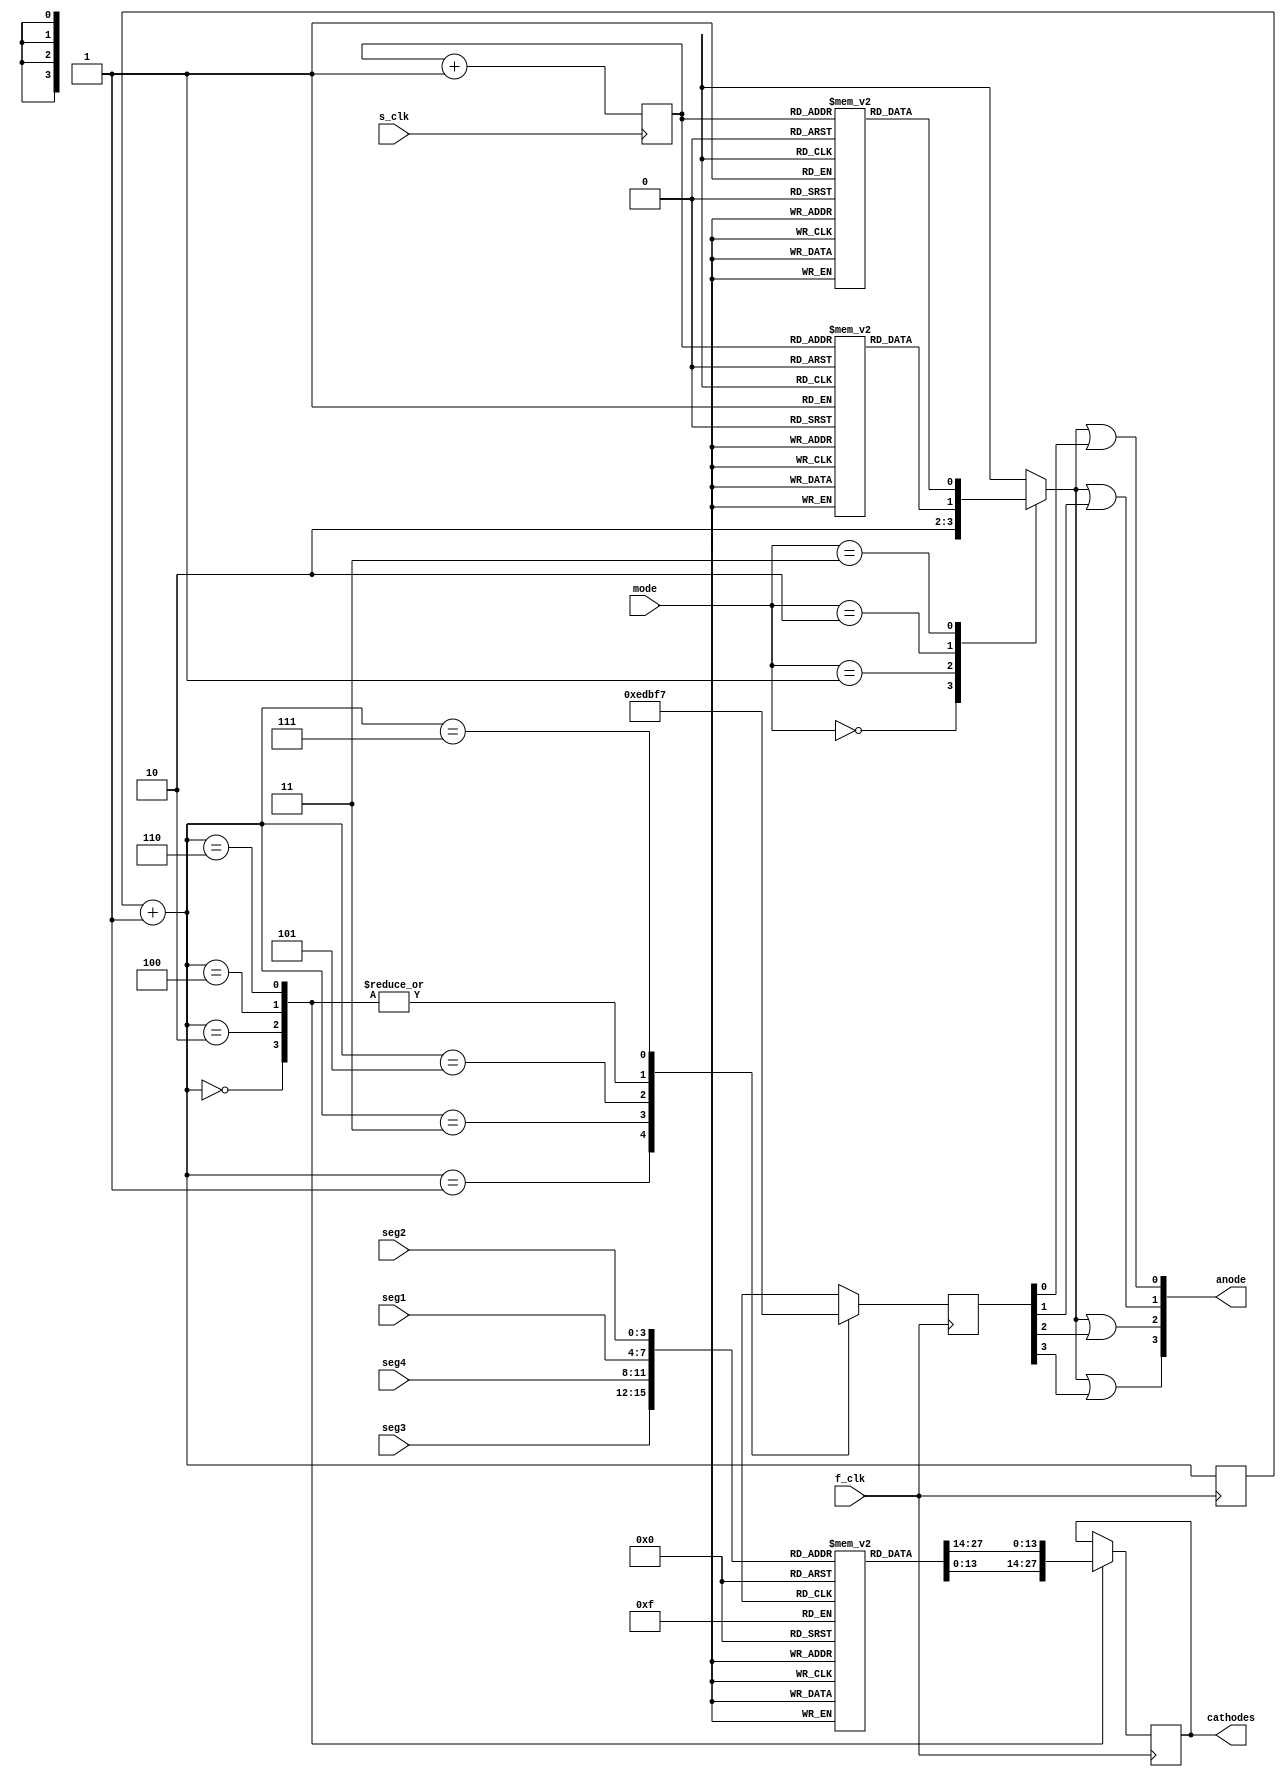
//FINAL VER
module seven_seg_display(s_clk, f_clk, mode, seg1, seg2, seg3, seg4, anode, cathodes);
	input s_clk, f_clk;
	// s_clk at 1Hz
	// f_clk at 50MHz(TBC)
	input [1:0] mode;
	/*modes:
	* 0: off
	* 1: on
	* 2: 0.5 Hz
	* 3: 1 	 Hz
	*/
	input [3:0] seg1, seg2, seg3, seg4; //the numbers that should appear on each display

	output wire [3:0] anode; //array to activate each display
	output reg [6:0] cathodes; //arrays to display each number

	reg [1:0] sequence_count; //slow clock sequence counter used to blink

	reg seq_1Hz[3:0], seq_05Hz[3:0]; //slow clock sequence ROM
	reg anode_seq_output; //on-off-blink sequence output to be fed into AND-gate
	reg [3:0] anode_cycle_output; //display selector output to be fed into AND-gate
	reg [2:0] anode_cycle;
	reg [6:0] seg_ROM[15:0];

	initial begin
		sequence_count = 2'b00;
		anode_seq_output = 1'b0;
		anode_cycle_output = 4'b0000;
		anode_cycle = 3'b000;
		// 1Hz sequence ROM
		seq_1Hz[0] = 1'b1;
		seq_1Hz[1] = 1'b0;
		seq_1Hz[2] = 1'b1;
		seq_1Hz[3] = 1'b0;
		// 0.5Hz sequence ROM
		seq_05Hz[0] = 1'b1;
		seq_05Hz[1] = 1'b1;
		seq_05Hz[2] = 1'b0;
		seq_05Hz[3] = 1'b0;
		// segment ROM
		seg_ROM[0] = 7'b1000000;
		seg_ROM[1] = 7'b1111001;
		seg_ROM[2] = 7'b0100100;
		seg_ROM[3] = 7'b0110000;
		seg_ROM[4] = 7'b0011001;
		seg_ROM[5] = 7'b0010010;
		seg_ROM[6] = 7'b0000010;
		seg_ROM[7] = 7'b1111000;
		seg_ROM[8] = 7'b0000000;
		seg_ROM[9] = 7'b0011000;
		seg_ROM[10] = 7'b0000000;
		seg_ROM[11] = 7'b0000000;
		seg_ROM[12] = 7'b0000000;
		seg_ROM[13] = 7'b0000000;
		seg_ROM[14] = 7'b0000000;
		seg_ROM[15] = 7'b0000000;
	end

	always @ (posedge s_clk) begin
		sequence_count <= sequence_count + 1; //increment sequence (FF array)
	end

	always @ (sequence_count, mode) begin
		case(mode)//triggers mux and outputs to AND-gate
			2'b00: begin//off
				anode_seq_output <= 1'b1;
			end
			2'b01: begin//on
				anode_seq_output <= 1'b0;
			end
			2'b10: begin
				anode_seq_output <= seq_05Hz[sequence_count];
			end
			2'b11: begin
				anode_seq_output <= seq_1Hz[sequence_count];
			end
		endcase
	end

	always @ (posedge f_clk) begin
	   	// display select
        anode_cycle = anode_cycle + 1;
		// display number
		case(anode_cycle)
		0: begin
			cathodes <= seg_ROM[seg1];
			anode_cycle_output <= 4'b1111;
		end
		1: begin
		    anode_cycle_output <= 4'b1110;
		end
		2: begin
			cathodes <= seg_ROM[seg2];
			anode_cycle_output <= 4'b1111;
		end
		3: begin
		    anode_cycle_output <= 4'b1101;
		end
		4: begin
			cathodes <= seg_ROM[seg3];
			anode_cycle_output <= 4'b1111;
		end
		5: begin
		    anode_cycle_output <= 4'b1011;
		end
		6: begin
			cathodes <= seg_ROM[seg4];
			anode_cycle_output <= 4'b1111;
		end
		7: begin
		    anode_cycle_output <= 4'b0111;
		end
		default: begin
	        anode_cycle_output <= 4'b1111;
	    end
		endcase

	end

    assign anode[0] = anode_seq_output || anode_cycle_output[0];
    assign anode[1] = anode_seq_output || anode_cycle_output[1];
    assign anode[2] = anode_seq_output || anode_cycle_output[2];
    assign anode[3] = anode_seq_output || anode_cycle_output[3];

endmodule